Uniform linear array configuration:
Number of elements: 24
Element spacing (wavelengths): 1
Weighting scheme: binomial
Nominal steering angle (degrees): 30
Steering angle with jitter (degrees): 28.124
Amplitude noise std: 0.05
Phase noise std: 0.05

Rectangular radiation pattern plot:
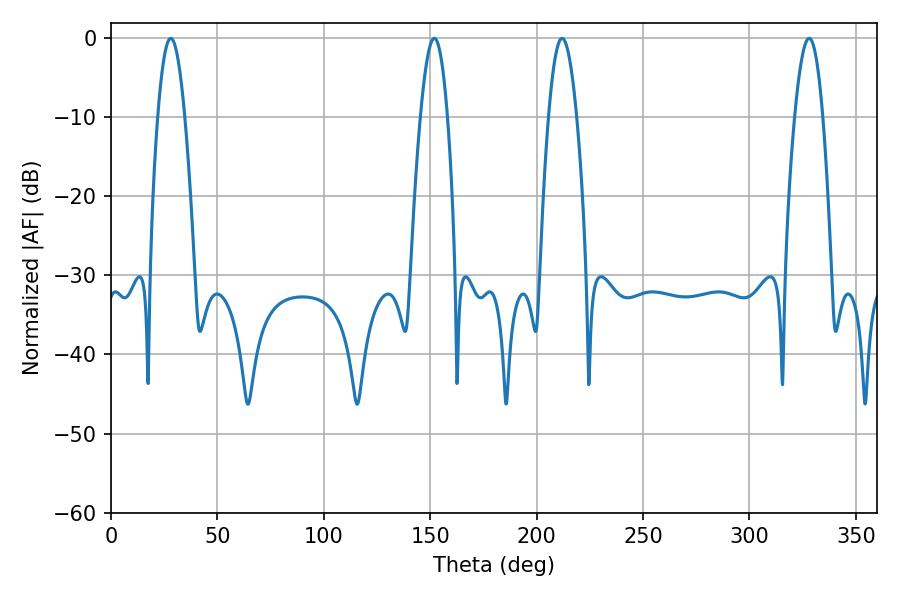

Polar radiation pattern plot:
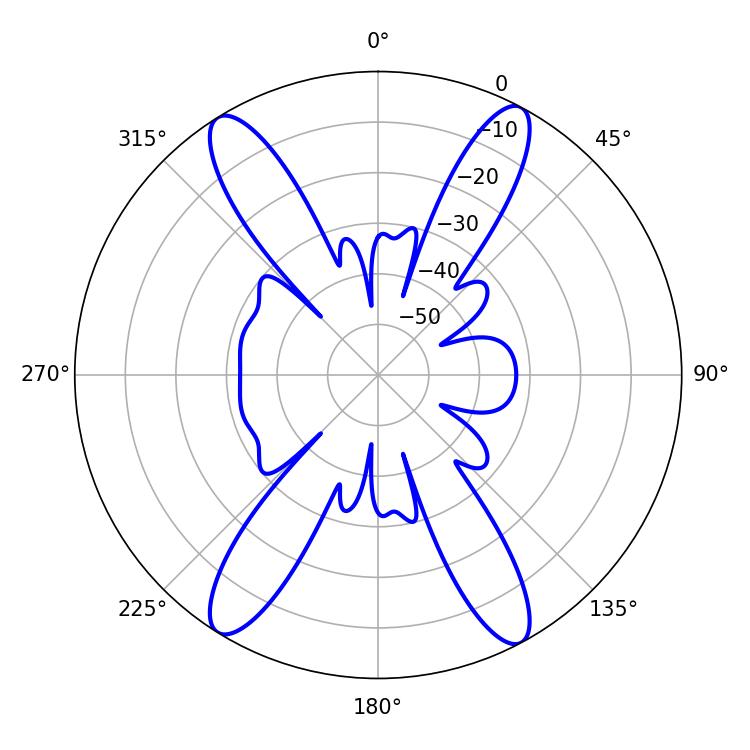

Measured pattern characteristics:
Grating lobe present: TRUE
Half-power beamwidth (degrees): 7.02
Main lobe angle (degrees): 28.08